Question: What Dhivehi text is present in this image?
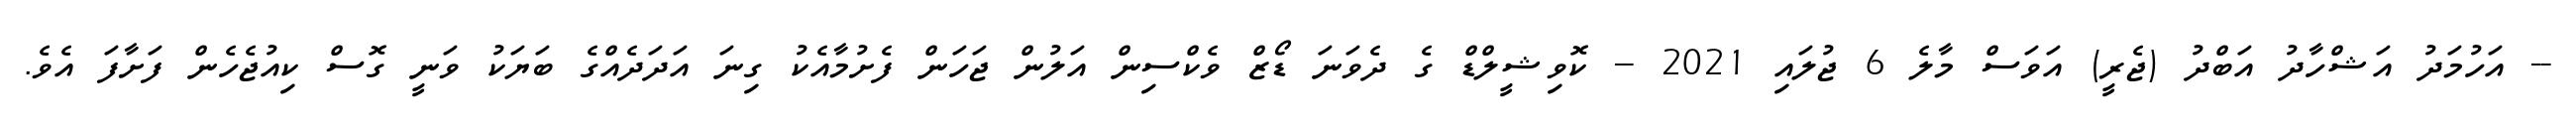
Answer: -- އަހުމަދު އަޝްހާދު އަބްދު (ޖެރީ) އަވަސް މާލެ 6 ޖުލައި 2021 -- ކޮވިޝީލްޑް ގެ ދެވަނަ ޑޯޒް ވެކްސިން އަލުން ޖަހަން ފެށުމާއެކު ގިނަ އަދަދެއްގެ ބަޔަކު ވަނީ ގޮސް ކިއުޖެހެން ފަށާފަ އެވެ.